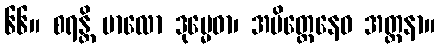
၆၆။ စရန္တိ ဗာလော ဒုမ္မေဓာ၊ အမိတ္တေနေဝ အတ္တနာ။